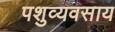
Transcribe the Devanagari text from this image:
पशुव्यवसाय